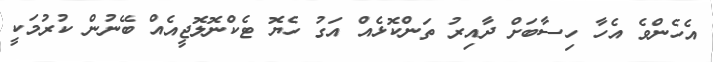
އެހެންވެ އެހާ ހިސާބަށް ދާއިރު ތަންކޮޅެއް އަގު ހެޔޮ ޓެކްނޮލޮޖީއެއް ބޭނުން ކުރުމަކީ